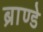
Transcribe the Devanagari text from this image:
ब्राण्डे